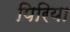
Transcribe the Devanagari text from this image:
पिरिया